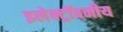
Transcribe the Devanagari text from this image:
इलेक्ट्रॉवनीय